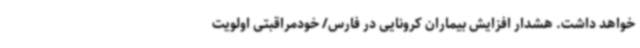
خواهد داشت. هشدار افزایش بیماران کرونایی در فارس/ خودمراقبتی اولویت